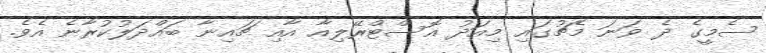
ސެމީގެ ދެ ވަނަ މެޗުގައި މިއަދު އޮސްޓްރޭލިއާ އާއި ޗައިނާ ބައްދަލުކުރާނެ އެވެ.